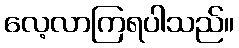
လေ့လာကြရပါသည်။